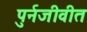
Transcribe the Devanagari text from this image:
पुर्नजीवीत